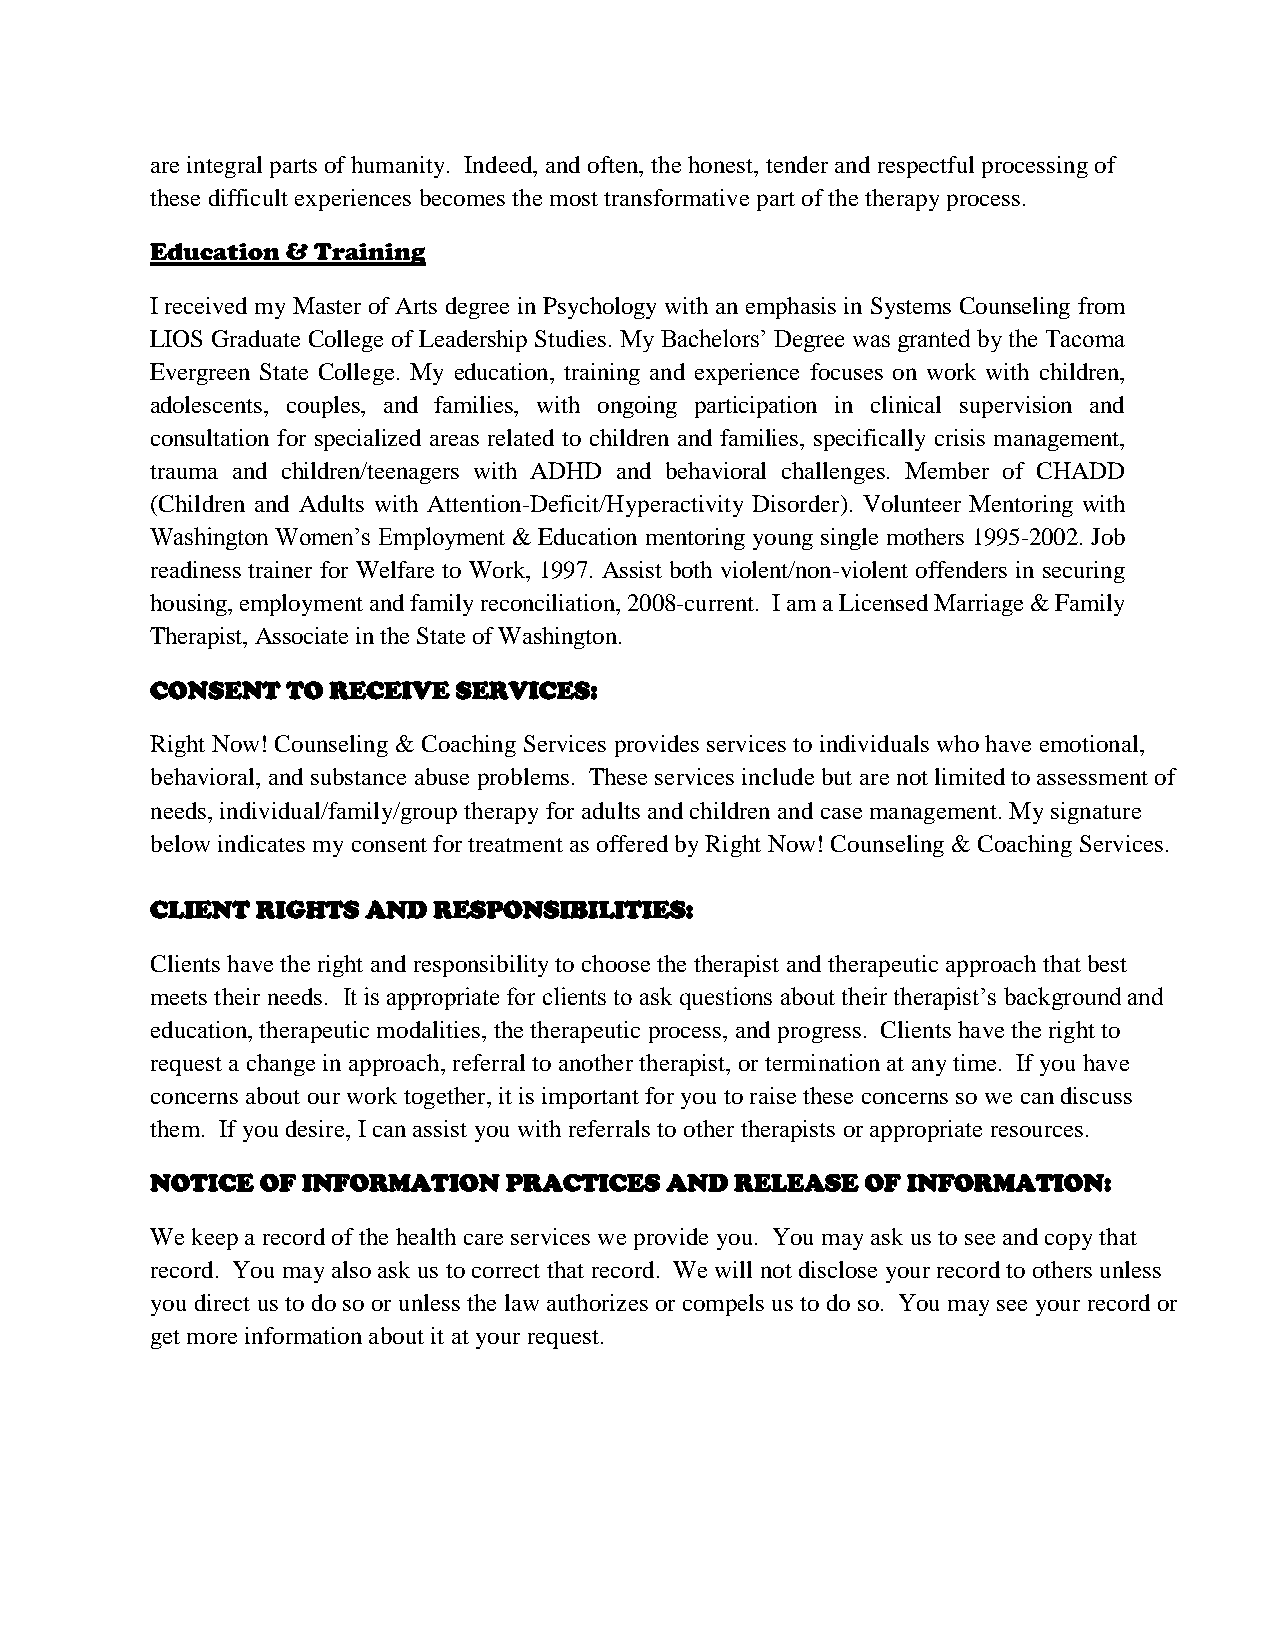
are integral parts of humanity. Indeed, and often, the honest, tender and respectful processing of
 these difficult experiences becomes the most transformative part of the therapy process.
 Education & Training
 I received my Master of Arts degree in Psychology with an emphasis in Systems Counseling from
 LIOS Graduate College of Leadership Studies. My Bachelors’ Degree was granted by the Tacoma
 Evergreen State College. My education, training and experience focuses on work with children,
 adolescents, couples, and families, with ongoing participation in clinical supervision and
 consultation for specialized areas related to children and families, specifically crisis management,
 trauma and children/teenagers with ADHD and behavioral challenges. Member of CHADD
 (Children and Adults with Attention-Deficit/Hyperactivity Disorder). Volunteer Mentoring with
 Washington Women’s Employment & Education mentoring young single mothers 1995-2002. Job
 readiness trainer for Welfare to Work, 1997. Assist both violent/non-violent offenders in securing
 housing, employment and family reconciliation, 2008-current. I am a Licensed Marriage & Family
 Therapist, Associate in the State of Washington.
 CONSENT  TO RECEIVE SERVICES:
 Right Now! Counseling & Coaching Services provides services to individuals who have emotional,
 behavioral, and substance abuse problems. These services include but are not limited to assessment of
 needs, individual/family/group therapy for adults and children and case management. My signature
 below indicates my consent for treatment as offered by Right Now! Counseling & Coaching Services.
 CLIENT RIGHTS AND  RESPONSIBILITIES:
 Clients have the right and responsibility to choose the therapist and therapeutic approach that best
 meets their needs. It is appropriate for clients to ask questions about their therapist’s background and
 education, therapeutic modalities, the therapeutic process, and progress. Clients have the right to
 request a change in approach, referral to another therapist, or termination at any time. If you have
 concerns about our work together, it is important for you to raise these concerns so we can discuss
 them. If you desire, I can assist you with referrals to other therapists or appropriate resources.
 NOTICE OF INFORMATION  PRACTICES  AND  RELEASE OF INFORMATION:
 We keep a record of the health care services we provide you. You may ask us to see and copy that
 record. You may also ask us to correct that record. We will not disclose your record to others unless
 you direct us to do so or unless the law authorizes or compels us to do so. You may see your record or
 get more information about it at your request.